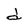
Character: d